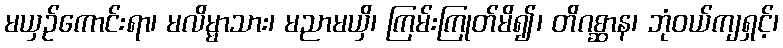
မယှဉ်ကောင်းရာ၊ မလိမ္မာသား၊ မညာမယှိ၊ ကြမ်းကြုတ်မိ၍၊ တိဂစ္ဆာန၊ ဘုံဝယ်ကျရှင့်၊